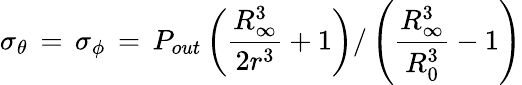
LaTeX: \sigma_{\theta}\, =\, \sigma_{\phi}\, =\, P_{out}\left(\frac{R_{\infty}^{3}}{2r^{3}}+1\right)/\left(\frac{R_{\infty}^{3}}{R_{0}^{3}}-1\right)